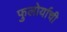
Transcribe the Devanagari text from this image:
फुलोर्याची